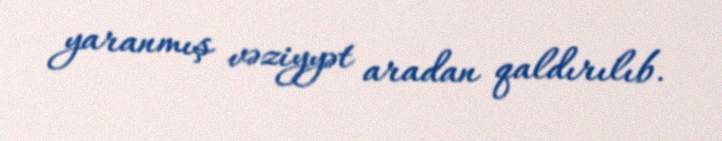
yaranmış vəziyyət aradan qaldırılıb.